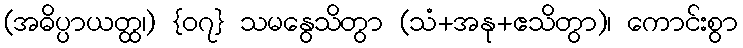
(အဓိပ္ပာယတ္ထ၊) {၀၇} သမနွေသိတွာ (သံ+အနု+ဧသိတွာ)၊ ကောင်းစွာ